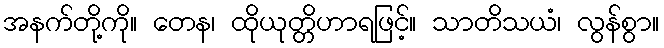
အနက်တို့ကို။ တေန၊ ထိုယုတ္တိဟာရဖြင့်။ သာတိသယံ၊ လွန်စွာ။